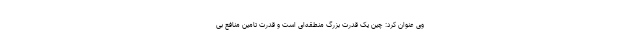
وی عنوان کرد: چین یک قدرت بزرگ منطقه‌ای است و قدرت تامین منافع بی